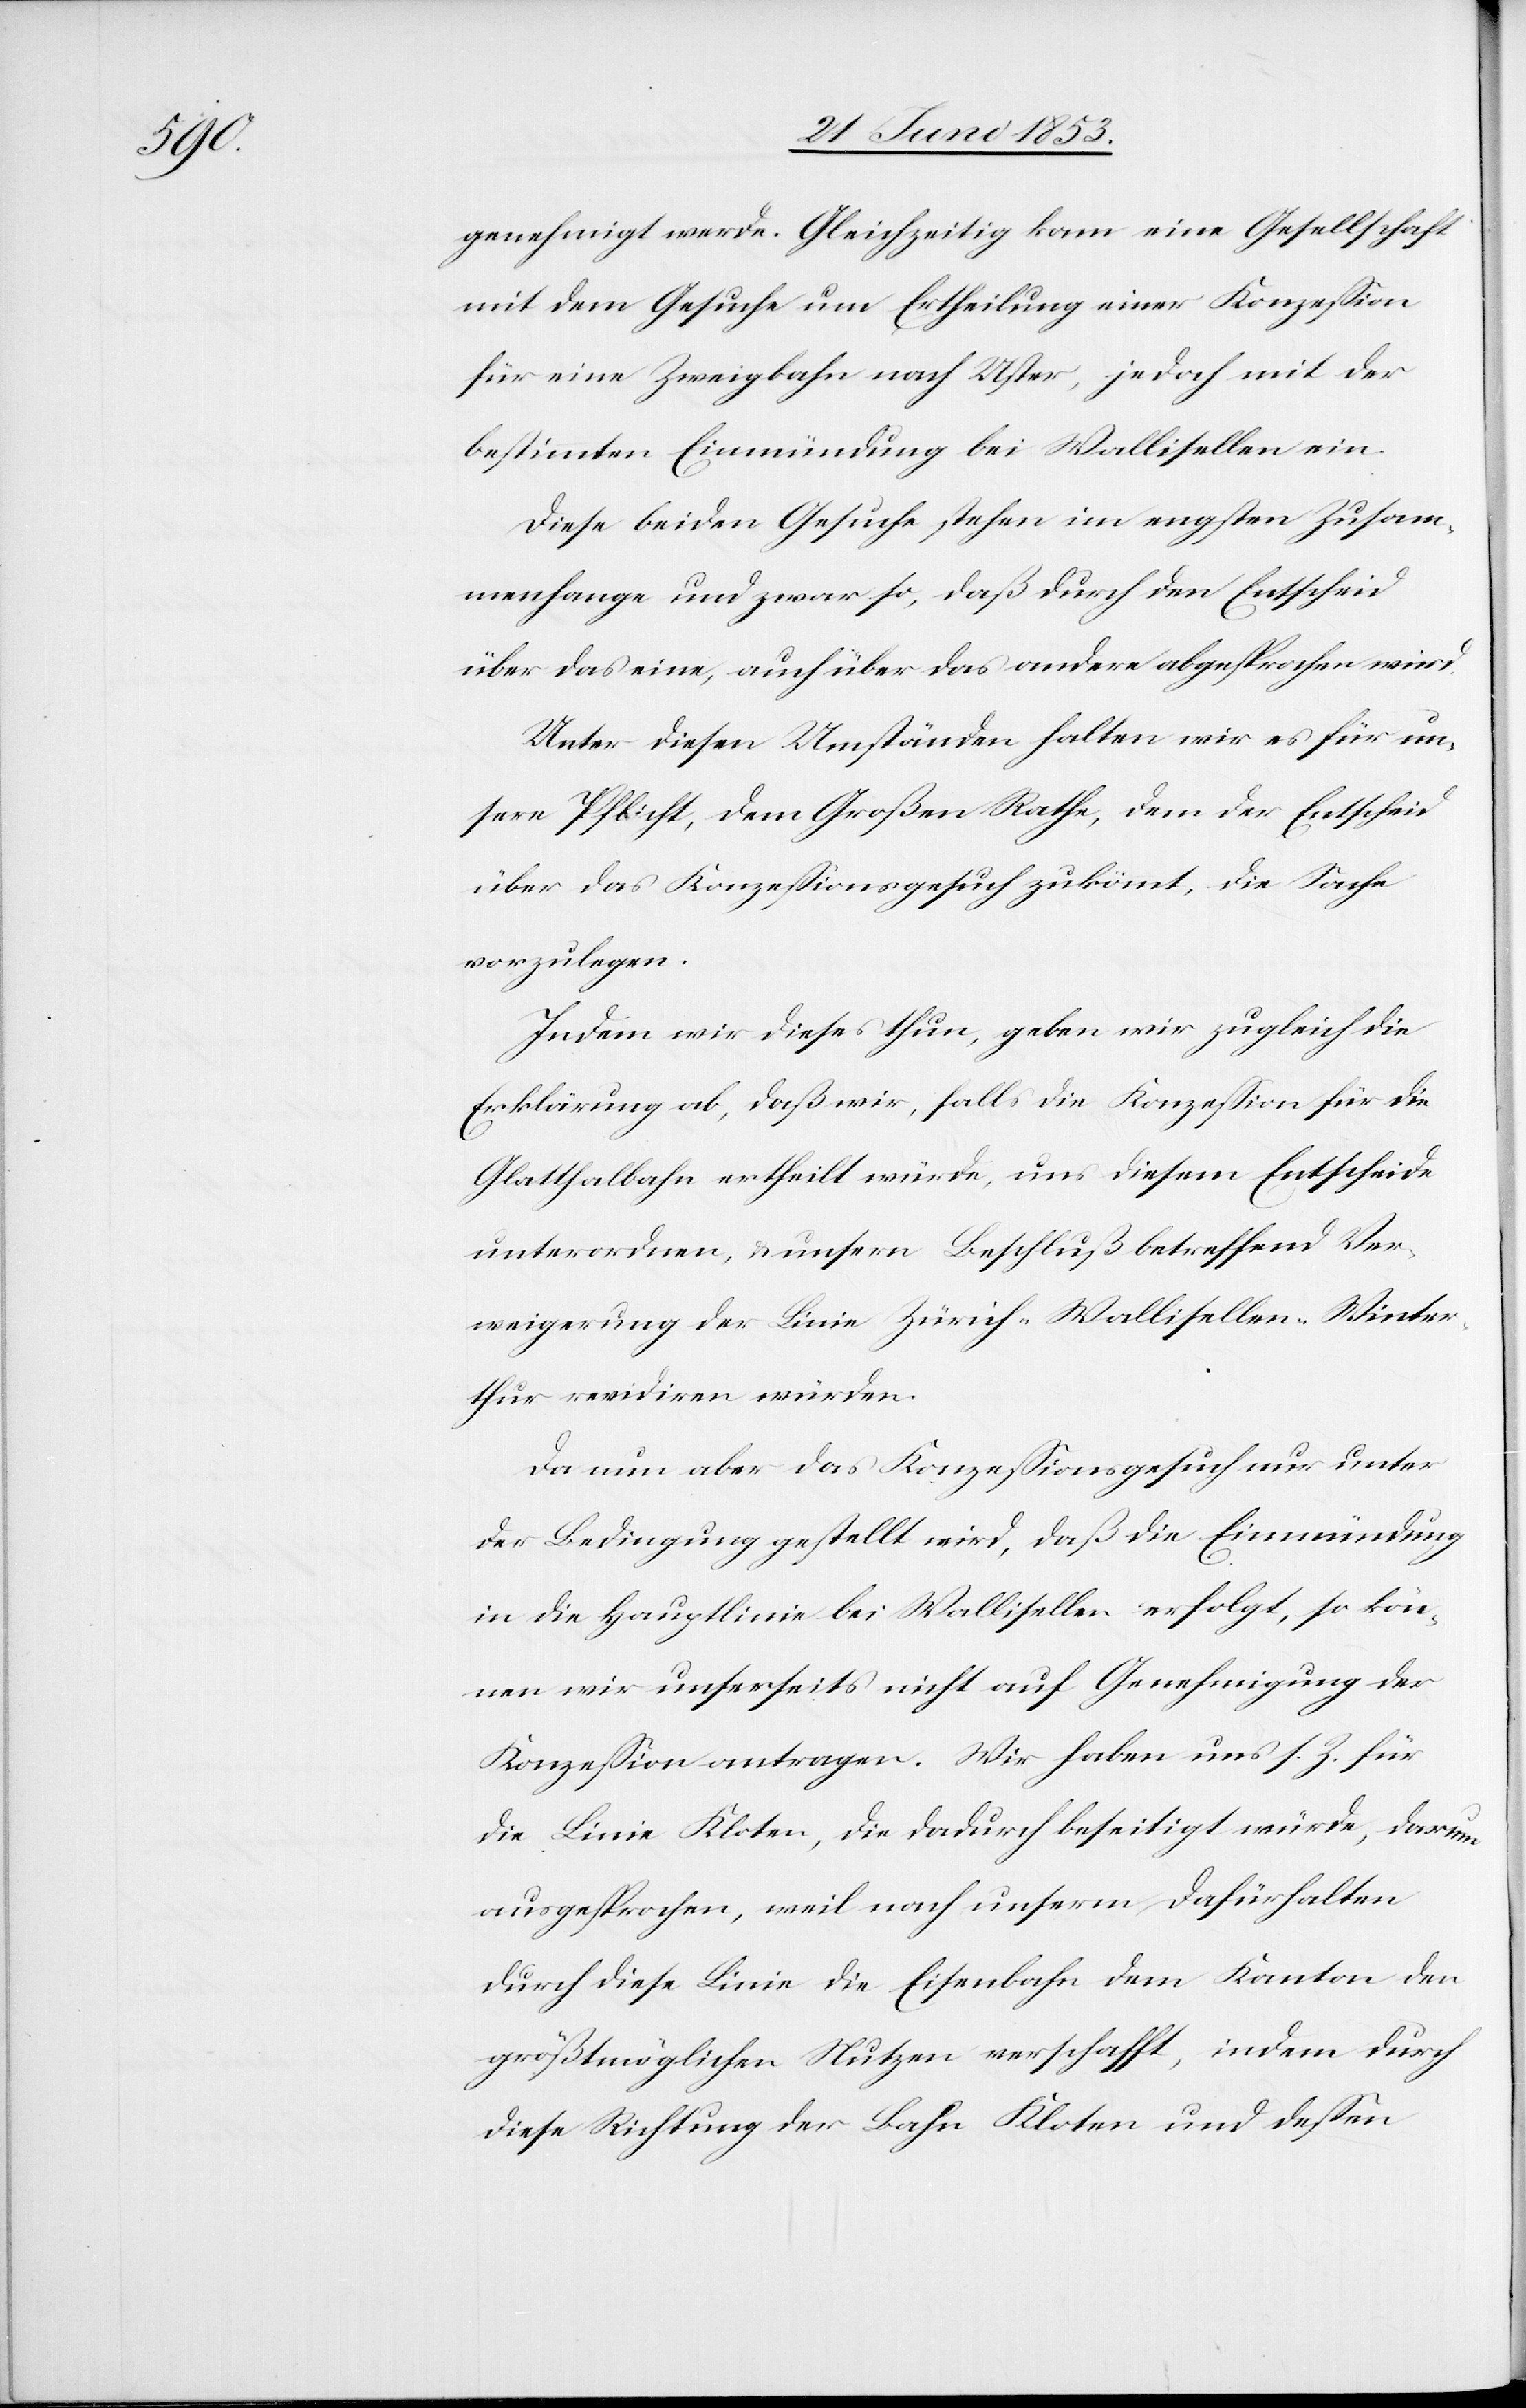
genehmigt werde. Gleichzeitig kam eine Gesellschaft
mit dem Gesuche um Ertheilung einer Konzeßion
für eine Zweigbahn nach Uster, jedoch mit der
bestimmten Einmündung bei Wallisellen ein.
Diese beiden Gesuche stehen im engsten Zusam¬
menhange und zwar so, daß durch den Entscheid
über das eine, auch über das andere abgesprochen wird.
Unter diesen Umständen halten wir es für un¬
sere Pflicht, dem Großen Rathe, dem der Entscheid
über das Konzeßionsgesuch zukömmt, die Sache
vorzulegen.
Indem wir dieses thun, geben wir zugleich die
Erklärung ab, daß wir, falls die Konzeßion für die
Glatthalbahn ertheilt würde, uns diesem Entscheide
unterordnen, u. unsern Beschluß betreffend Ver¬
weigerung der Linie Zürich-Wallisellen-Winter¬
thur revidiren würden.
Da nun aber das Konzeßionsgesuch nur unter
der Bedingung gestellt wird, daß die Einmündung
in die Hauptlinie bei Wallisellen erfolgt, so kön¬
nen wir unserseits nicht auf Genehmigung der
Konzeßion antragen. Wir haben uns s. Z. für
die Linie Kloten, die dadurch beseitigt würde, darum
ausgesprochen, weil nach unserm Dafürhalten
durch diese Linie die Eisenbahn dem Kanton den
größtmöglichen Nutzen verschafft, indem durch
diese Richtung der Bahn Kloten und deßen